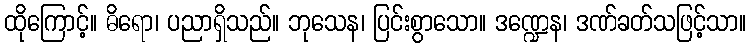
ထိုကြောင့်။ ဓိရော၊ ပညာရှိသည်။ ဘုသေန၊ ပြင်းစွာသော။ ဒဏ္ဍေန၊ ဒဏ်ခတ်သဖြင့်သာ။